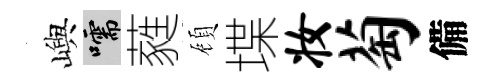
嶼嚅蕤頋堞妆萄備